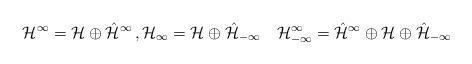
LaTeX: \begin{align*}\mathcal H^{\infty} = \mathcal H \oplus \hat{\mathcal H}^{\infty}\,,\mathcal H_{\infty} = \mathcal H \oplus \hat{\mathcal H}_{-\infty} \quad\mathcal H^{\infty}_{-\infty} = \hat{\mathcal H}^{\infty} \oplus \mathcal H \oplus \hat{\mathcal H}_{-\infty}\end{align*}